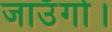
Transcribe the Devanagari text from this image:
जाउँगो।